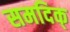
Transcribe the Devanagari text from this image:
समदिक्‌